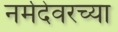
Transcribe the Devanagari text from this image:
नर्मदेवरच्या